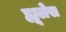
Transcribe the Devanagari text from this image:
ह्यूलेस